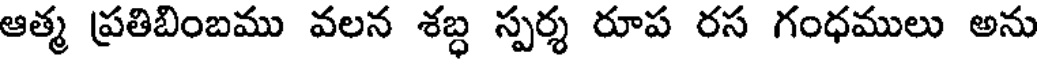
ఆత్మ ప్రతిబింబము వలన శబ్ధ స్పర్శ రూప రస గంధములు అను